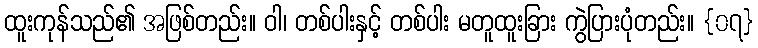
ထူးကုန်သည်၏ အဖြစ်တည်း။ ဝါ၊ တစ်ပါးနှင့် တစ်ပါး မတူထူးခြား ကွဲပြားပုံတည်း။ {၀၇}